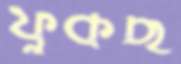
ফুঁকছ